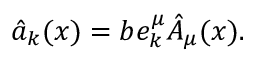
\hat { a } _ { k } ( x ) = b e _ { k } ^ { \mu } \hat { A } _ { \mu } ( x ) .